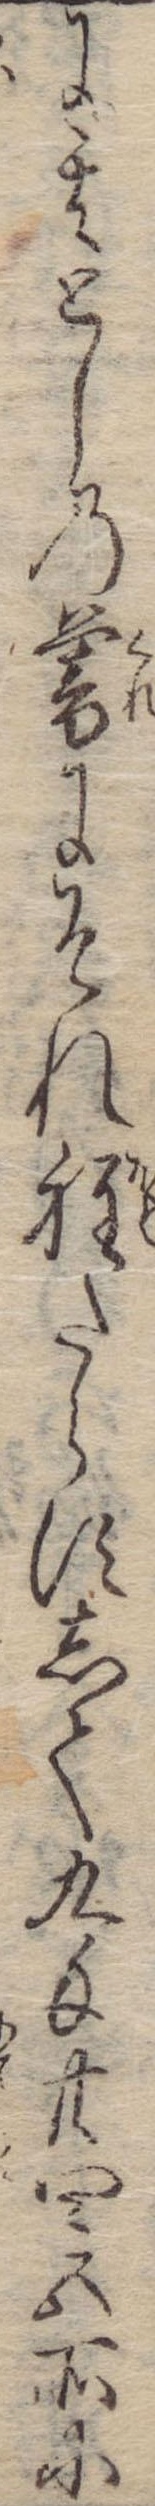
に其としの暮にそれ程たらずして九匁廿四五所に